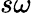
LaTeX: s\omega